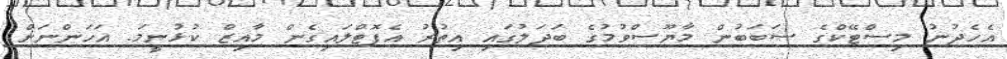
އެހެދުނު މިސްޓޭކްގެ ސަބަބުން މާޔޫސްވުމުގެ ބަދަލުގައި އިތުރު އެފޮޓްލައިގެން މާއިޒް ކުޅުނީމަ. އަހަންނަށް